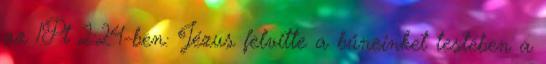
az 1Pt 2:24-ben: Jézus felvitte a bűneinket testében a